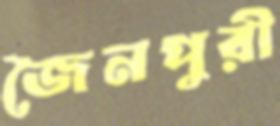
জৈনপুরী